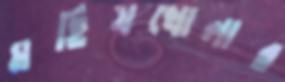
মহিষখোলার